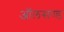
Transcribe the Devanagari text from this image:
ऑलसण्ड